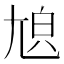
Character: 𡯬